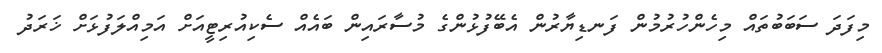
މިފަދަ ސަބަބުތައް މިހެންހުރުމުން ފަނޑިޔާރުން އެބޭފުޅުންގެ މުސާރައިން ބައެއް ސެކިއުރިޓީއަށް އަމިއްލަފުޅަށް ޚަރަދު